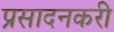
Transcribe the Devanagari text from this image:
प्रसादनकरी